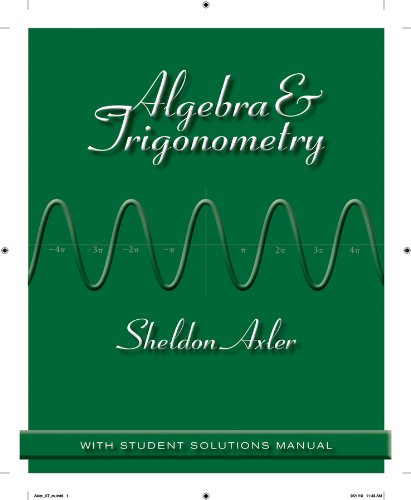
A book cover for Algebra and Trigonometry; Sheldon Axler; Science & Math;